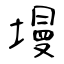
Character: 墁